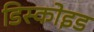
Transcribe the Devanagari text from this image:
डिस्कोइड